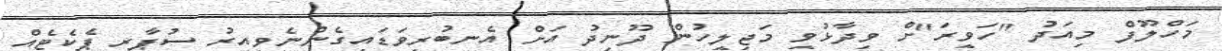
މަހްލޫފް މިއަދު "ހަވީރަ"ށް ވިދާޅުވީ މަޖިލީހުން ދޫނިދު އަށް އެނބުރިވަޑައިގެންނެވިއިރު ސުޕާރީ ޕެކެޓެއް